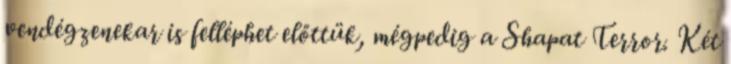
vendégzenekar is felléphet előttük, mégpedig a Shapat Terror. Két